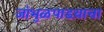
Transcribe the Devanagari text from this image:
जांभुळपाडय़ाचा